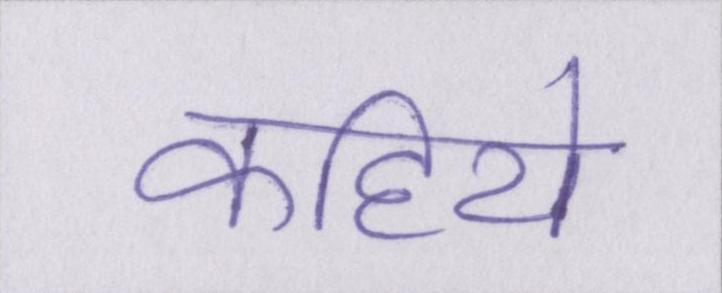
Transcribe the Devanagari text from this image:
कहिये